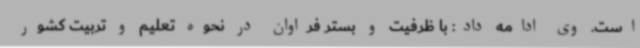
است. وی ادامه داد: با ظرفیت و بستر فراوان در نحوه تعلیم و تربیت کشور